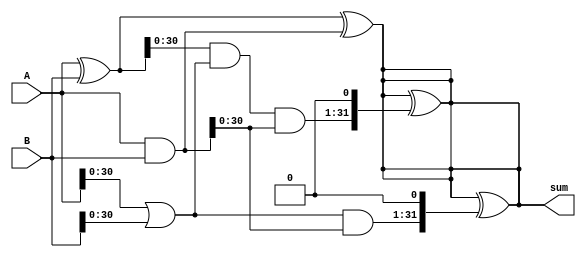
module carry_bypass_adder (
    input [31:0] A,
    input [31:0] B,
    output [31:0] sum
);

wire [31:0] t_carry;
wire [31:0] pg_carry;
wire [31:0] g_carry;

assign t_carry = A & B;
assign pg_carry = A | B;
assign g_carry = A ^ B;

assign sum = A ^ B ^ t_carry;
assign sum = sum ^ ((pg_carry & t_carry) << 1);
assign sum = sum ^ ((g_carry & pg_carry & t_carry) << 1);

endmodule